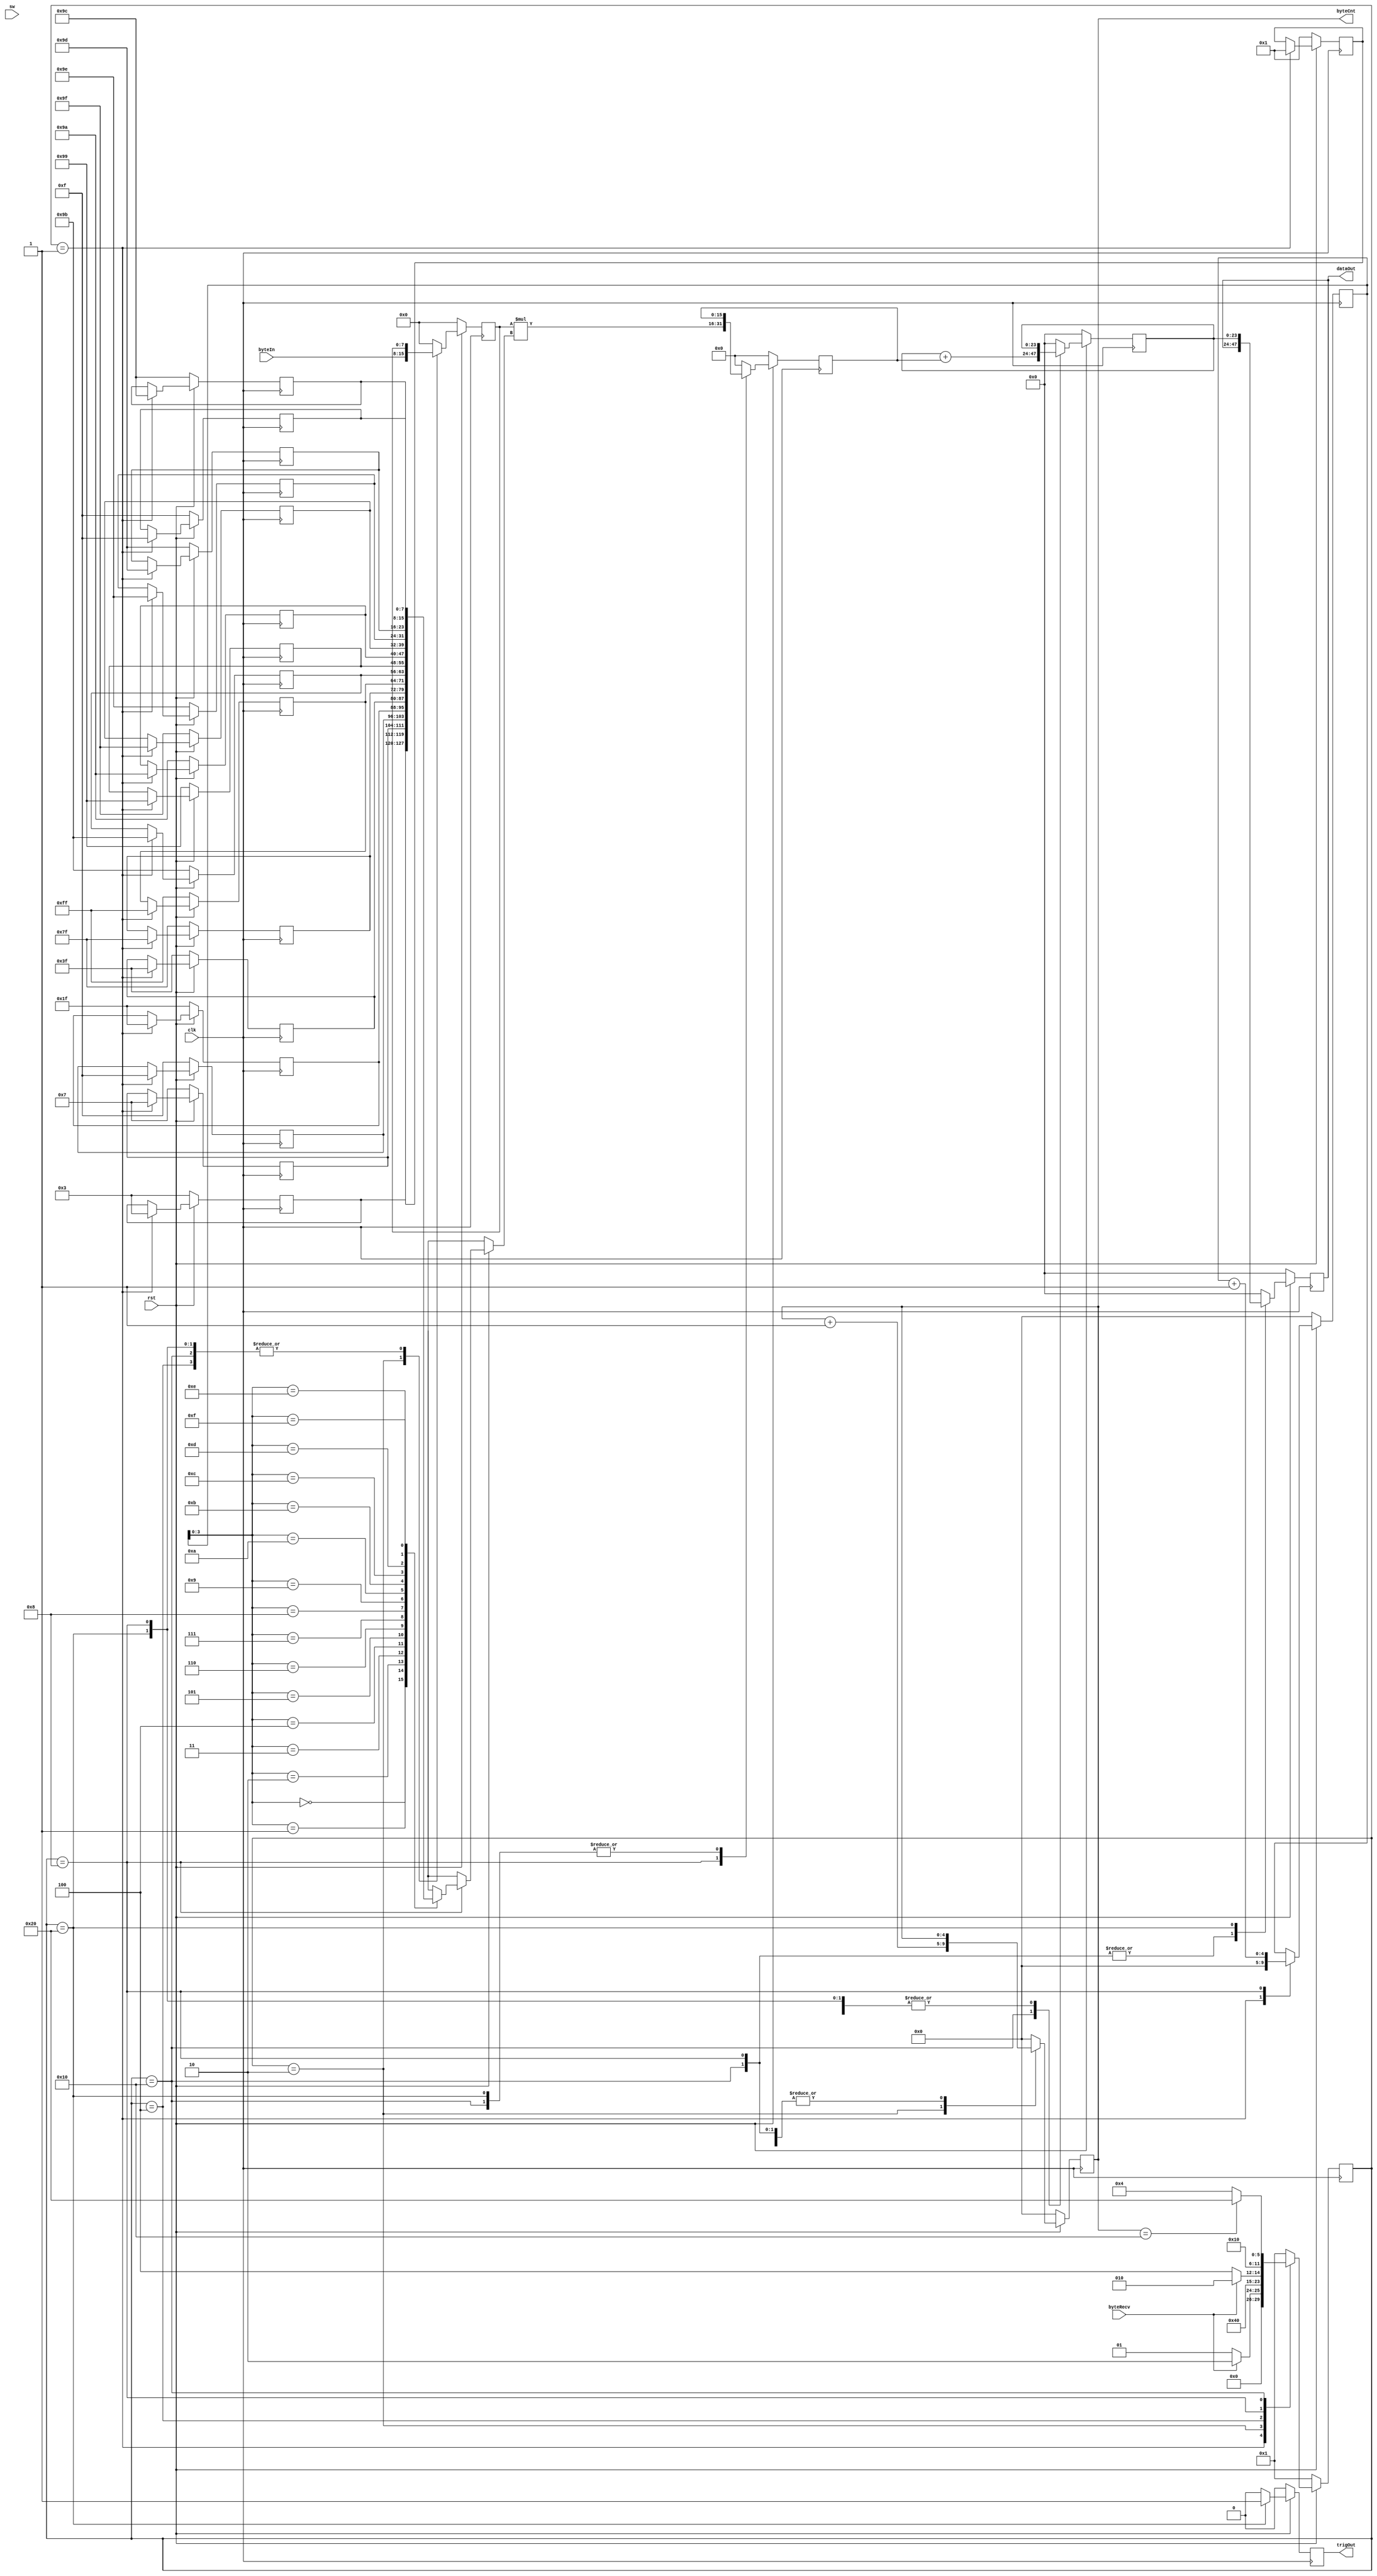
`timescale 1ns / 1ps
//////////////////////////////////////////////////////////////////////////////////
// Company: 
// 
// Design Name: 
// Module Name: Neural_Network
// Project Name: 
// Target Devices: 
// Tool Versions: 
// Description: 
// 
// Dependencies: 
// 
// Revision:
// Revision 0.01 - File Created
// Additional Comments:
// 
//////////////////////////////////////////////////////////////////////////////////


(* DONT_TOUCH = "true" *) 
(* use_dsp = "no" *) 
module Neural_Network(
    input clk,
    input rst,
    input byteRecv,
    input [7:0] byteIn,
    input [3:0] sw,
    output reg trigOut,
    output reg [4:0] byteCnt,
    output [23:0] dataOut
    );
    
reg [7:0] inputValue;
reg [7:0] weight [15:0];
reg [15:0] mul;
reg [23:0] result;
reg [23:0] resultInProcces;
reg [4:0] weightCnt;

parameter IDLE  = 6'b000001, RECVBYTE = 6'b000010, WAITBYTE = 6'b000100, MUL = 6'b001000, ADD = 6'b010000, OUTPUT = 6'b100000;

reg [5:0] state;
reg [5:0] nextState;

always @ (*)
begin
    nextState = 6'b000000;
    case(state)
        IDLE:
        begin
            if(byteRecv)
                nextState = RECVBYTE;
            else    
                nextState = IDLE;
        end
        RECVBYTE:
        begin
            nextState=MUL;   
        end
        WAITBYTE:
        begin
            if(byteRecv)
                nextState = RECVBYTE;
            else
                nextState = WAITBYTE;         
        end
        MUL:
        begin
			nextState = ADD;       
        end
        ADD:
        begin
            if(byteCnt == 5'd16)
                nextState = OUTPUT;
            else
                nextState = WAITBYTE;          
        end
        OUTPUT:
        begin
             nextState = IDLE;          
        end
        default:
        begin
            nextState = IDLE;        
        end
     endcase
end

always @ (posedge clk)
begin
    if (rst == 1'b0)
    begin
        state <= IDLE;
    end
    else
    begin
        state <= nextState;
    end        
end

always @ (posedge clk)
begin
    if (rst == 1'b0)
    begin
        weight[0]<=8'b00000001;
        weight[1]<=8'b00000011;
        weight[2]<=8'b00000111;
        weight[3]<=8'b00001111;
        weight[4]<=8'b00011111;
        weight[5]<=8'b00111111;
        weight[6]<=8'b01111111;
        weight[7]<=8'b11111111;
        weight[8]<=8'b10011011;
        weight[9]<=8'b10011001;
        weight[10]<=8'b10011010;
        weight[11]<=8'b10011111;
        weight[12]<=8'b10011110;
        weight[13]<=8'b10011101;
        weight[14]<=8'b10011100;
        weight[15]<=8'b00001111;
        weightCnt<=5'd0;
        trigOut <= 1'b0;
        byteCnt <= 5'b0;
        inputValue <= 7'b0;
        mul <= 15'b0;
        resultInProcces <=23'b0;
		result <= 23'b0;
    end
    else
    begin
        case(state)
            IDLE:
            begin
                weight[0]<=8'b00000001;
                weight[1]<=8'b00000011;
                weight[2]<=8'b00000111;
                weight[3]<=8'b00001111;
                weight[4]<=8'b00011111;
                weight[5]<=8'b00111111;
                weight[6]<=8'b01111111;
                weight[7]<=8'b11111111;
                weight[8]<=8'b10011011;
                weight[9]<=8'b10011001;
                weight[10]<=8'b10011010;
                weight[11]<=8'b10011111;
                weight[12]<=8'b10011110;
                weight[13]<=8'b10011101;
                weight[14]<=8'b10011100;
                weight[15]<=8'b00001111;
                weightCnt<=5'd0;
                trigOut <= 1'b0;
                byteCnt <= 5'b0;
                inputValue <= 7'b0;
                mul <= 15'b0;
                resultInProcces <=23'b0;
                result <= 23'b0;  
            end
            RECVBYTE:
            begin
                trigOut <= 1'b0;
                byteCnt <= byteCnt + 1;
                inputValue <= byteIn;
                mul <= 15'b0;
                resultInProcces <=resultInProcces;
				result <= 23'b0;    
            end
            WAITBYTE:
            begin
                trigOut <= 1'b0;
                byteCnt <= byteCnt;
                inputValue <= inputValue;
                mul <=15'b0;
                resultInProcces <=resultInProcces;
				result <= 23'b0;      
            end
            MUL:
            begin
                trigOut <= 1'b0;
                byteCnt <= byteCnt;
                inputValue <= inputValue;
                mul <= inputValue*weight[weightCnt];
                weightCnt<=weightCnt+1;
				result <= result;
            end
            ADD:
            begin
                trigOut <= 1'b0;
                inputValue <= inputValue;
                mul <= mul;
				resultInProcces <= resultInProcces+mul;  
				result<=result;
            end
            OUTPUT:
            begin
                trigOut <= 1'b1;
                byteCnt <= 5'b0;
                inputValue <= inputValue;
                mul <= mul;
                resultInProcces <= resultInProcces;
				result <= resultInProcces;
            end
            default:
            begin
                trigOut <= 1'b0;
                byteCnt <= 5'b0;
                inputValue <= 7'b0;
                mul <= 5'b0;
				result <= 23'b0;
				resultInProcces <= 23'b0;
            end    
        endcase
        
    end
        
end
assign dataOut = result;
   
endmodule